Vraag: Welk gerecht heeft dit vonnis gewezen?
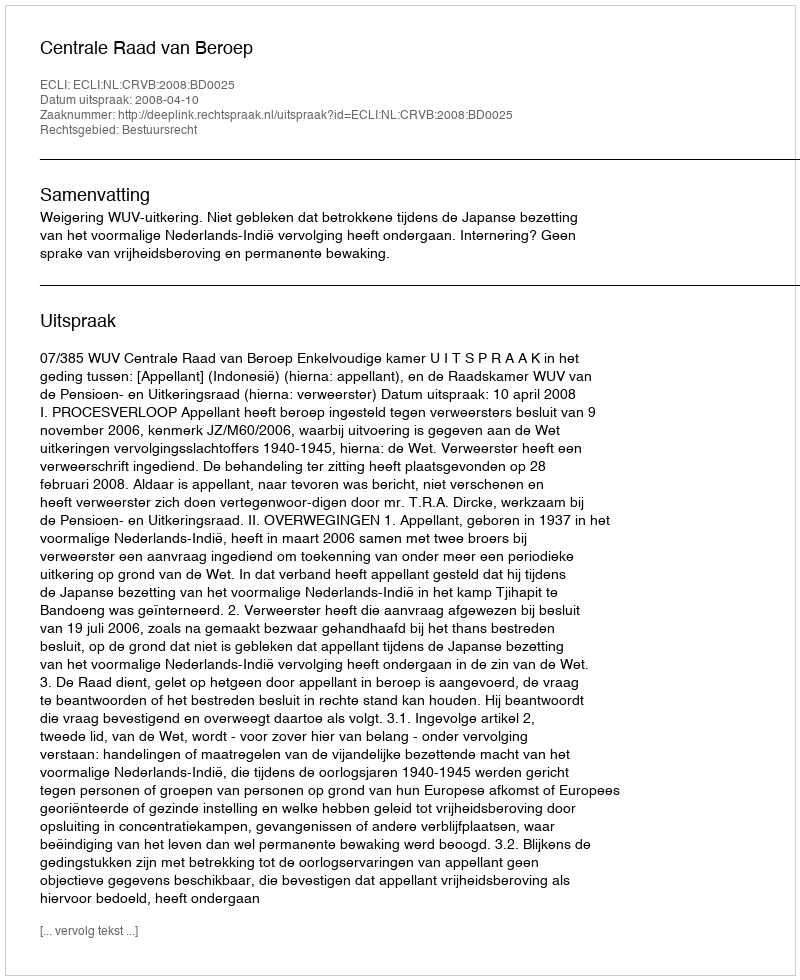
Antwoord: Centrale Raad van Beroep